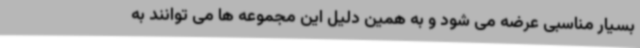
بسیار مناسبی عرضه می شود و به همین دلیل این مجموعه ها می توانند به